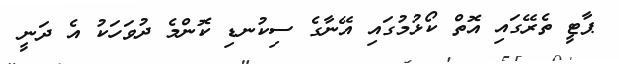
ޕާޓީ ތެރޭގައި އޮތް ކޯޅުމުގައި އޭނާގެ ސިކުނޑި ކޮންމެ ދުވަހަކު އެ ދަނީ